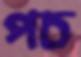
পচ